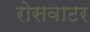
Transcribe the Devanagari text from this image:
रोसवाटर